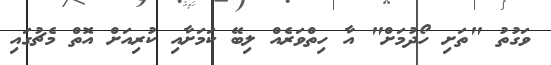
ވަގުތު "ތަށި ހޯދުމަށް" އާ ހިތްވަރެއް ލިބޭ ކަމަށާއި ކުރިއަށް އޮތް މެޗުގައި